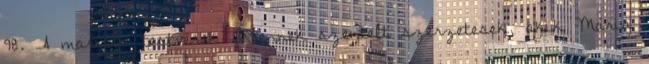
98. A marista testvérek Istennek szentelt szerzetesek, akik Mária